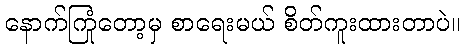
နောက်ကြုံတော့မှ စာရေးမယ် စိတ်ကူးထားတာပဲ။